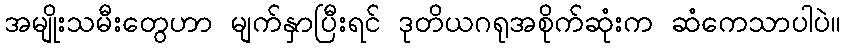
အမျိုးသမီးတွေဟာ မျက်နှာပြီးရင် ဒုတိယဂရုအစိုက်ဆုံးက ဆံကေသာပါပဲ။